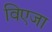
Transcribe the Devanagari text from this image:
विएजा